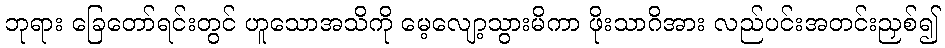
ဘုရား ခြေတော်ရင်းတွင် ဟူသောအသိကို မေ့လျော့သွားမိကာ ဖိုးသာဂိအား လည်ပင်းအတင်းညှစ်၍